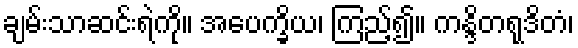
ချမ်းသာဆင်းရဲကို။ အပေက္ခိယ၊ ကြည့်၍။ ကန္ဒိတရုဒိတံ၊